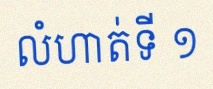
លំហាត់ទី ១